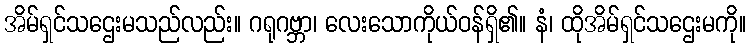
အိမ်ရှင်သဌေးမသည်လည်း။ ဂရုဂဗ္ဘာ၊ လေးသောကိုယ်ဝန်ရှိ၏။ နံ၊ ထိုအိမ်ရှင်သဌေးမကို။